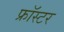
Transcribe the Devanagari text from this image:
फ्रॉस्टर